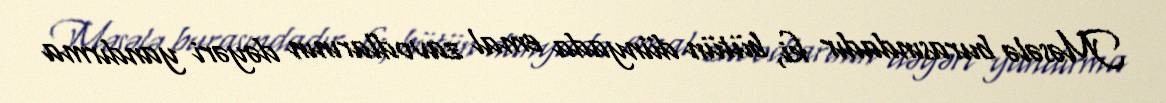
Məsələ burasındadır ki, bütün dünyada emal zavodlarının dəyəri yandırma